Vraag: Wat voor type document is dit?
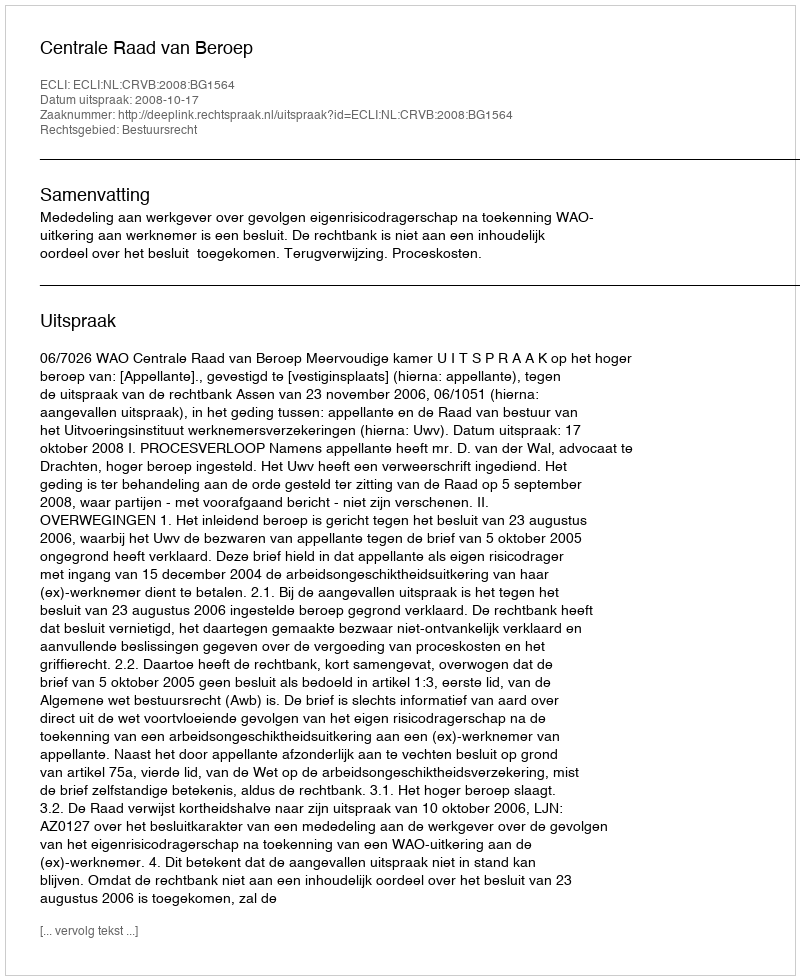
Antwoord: Uitspraak